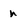
Character: n